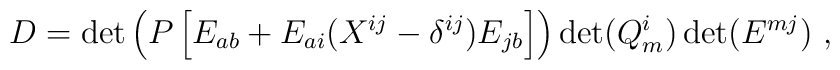
D=\det \left(P\left[E_{ab}+E_{ai}(X^{ij}-\delta^{ij})E_{jb}\right]\right)\det(Q^{i}_m)\det(E^{mj}) \ ,